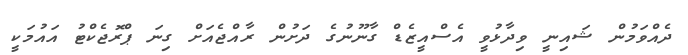
ދެއްވަމުން ޝައިނީ ވިދާޅުވީ އެސްއީޒެޑް ގާނޫނުގެ ދަށުން ރާއްޖެއަށް ގިނަ ޕްރޮޖެކްޓު އައުމަކީ